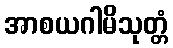
အာစယဂါမိသုတ္တံ